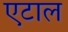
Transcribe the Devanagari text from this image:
एटाल